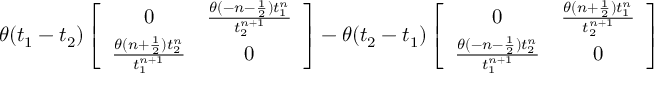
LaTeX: \theta ( t _ { 1 } - t _ { 2 } ) \left[ \begin{array} { c c } { { 0 } } & { { \frac { \theta ( - n - \frac 1 2 ) t _ { 1 } ^ { n } } { t _ { 2 } ^ { n + 1 } } } } \\ { { \frac { \theta ( n + \frac 1 2 ) t _ { 2 } ^ { n } } { t _ { 1 } ^ { n + 1 } } } } & { { 0 } } \end{array} \right] - \theta ( t _ { 2 } - t _ { 1 } ) \left[ \begin{array} { c c } { { 0 } } & { { \frac { \theta ( n + \frac 1 2 ) t _ { 1 } ^ { n } } { t _ { 2 } ^ { n + 1 } } } } \\ { { \frac { \theta ( - n - \frac 1 2 ) t _ { 2 } ^ { n } } { t _ { 1 } ^ { n + 1 } } } } & { { 0 } } \end{array} \right]